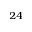
^ { 2 4 }